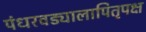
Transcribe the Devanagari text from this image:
पंधरवड्यालापितृपक्ष